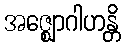
အဇ္ဈောဂါဟန္တိ